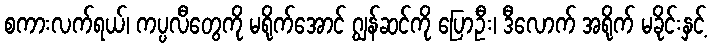
စကားလက်ရယ်၊ ကပ္ပလီတွေကို မရိုက်အောင် ဂျွန်ဆင်ကို ပြောဦး၊ ဒီလောက် အရိုက် မခိုင်းနှင့်